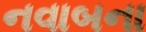
નવાબના